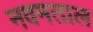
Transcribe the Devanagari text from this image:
नवमताल